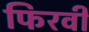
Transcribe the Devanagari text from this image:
फिरवी